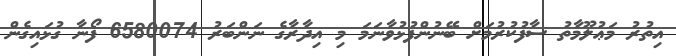
އިތުރު މަޢުލޫމާތު ސާފުކުރުމަށް ބޭނުންފުޅުވާނަމަ މި އިދާރާގެ ނަންބަރު 6580074 ފޯނާ ގުޅައިގެން